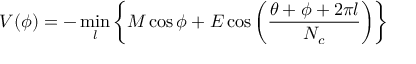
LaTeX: V ( \phi ) = - \operatorname * { m i n } _ { l } \left\{ M \cos \phi + E \cos \left( \frac { \theta + \phi + 2 \pi l } { N _ { c } } \right) \right\}